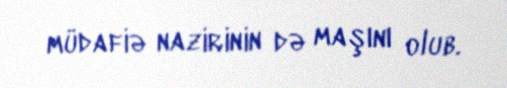
müdafiə nazirinin də maşını olub.